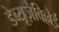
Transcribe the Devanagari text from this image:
डेब्यूज़ेविल्लेई